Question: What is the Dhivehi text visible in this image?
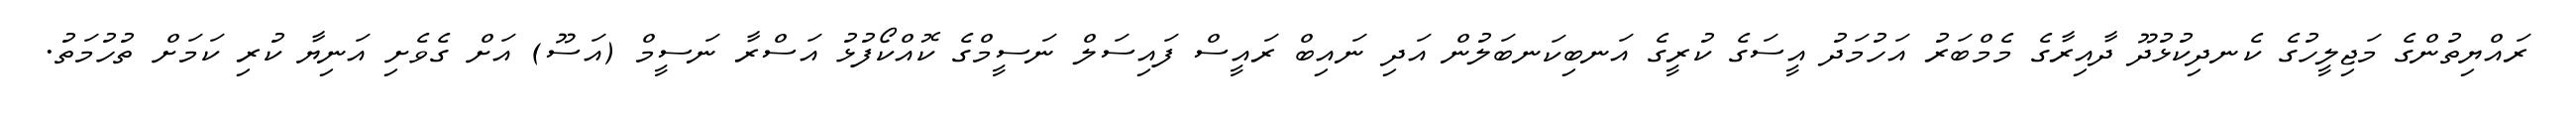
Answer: ރައްޔިތުންގެ މަޖިލީހުގެ ކެނދިކުޅުދޫ ދާއިރާގެ މެމްބަރު އަހުމަދު އީސަގެ ކުރީގެ އަނބިކަނބަލުން އަދި ނައިބް ރައީސް ފައިސަލް ނަސީމްގެ ކޮއްކޯފުޅު އަސްރާ ނަސީމް (އަސޫ) އަށް ގެވެށި އަނިޔާ ކުރި ކަމަށް ތުހުމަތު.